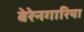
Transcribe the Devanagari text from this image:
बेरेनगारिया